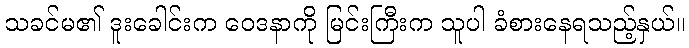
သခင်မ၏ ဒူးခေါင်းက ဝေဒနာကို မြင်းကြီးက သူပါ ခံစားနေရသည့်နှယ်။